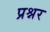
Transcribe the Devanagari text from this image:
प्रश्नर